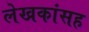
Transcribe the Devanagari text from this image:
लेखकांसह